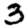
Digit: 3